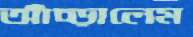
আঁচ্‌ড়ালেম